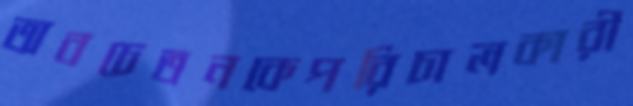
অবচেতনকেপরিচালকারী